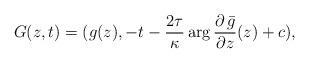
LaTeX: \begin{align*}G(z,t)=( g(z), -t - \frac{2\tau}{\kappa} \arg \frac{\partial \, \bar{g}}{\partial z} (z) +c),\end{align*}